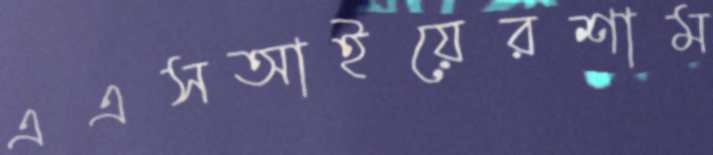
এএসআইয়েরশাম